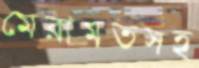
মেরামতসহ